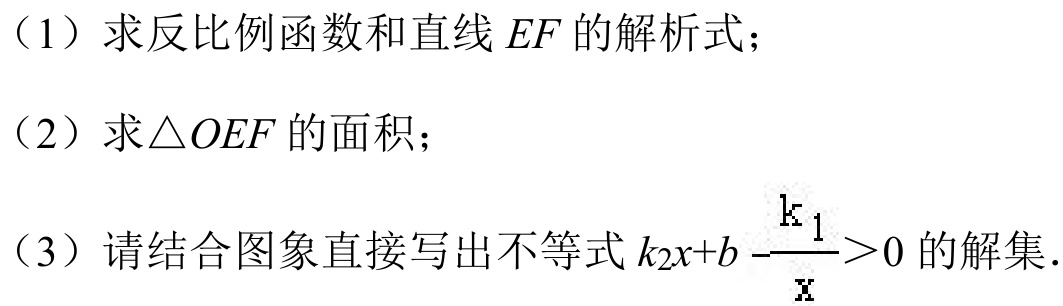
（1）求反比例函数和直线 \(EF\) 的解析式；
（2）求\(\triangle OEF\) 的面积；
（3）请结合图象直接写出不等式 \(k_{2}x + b-\frac{k_{1}}{x}>0\) 的解集.